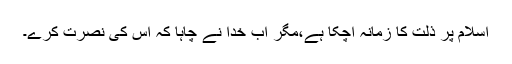
اسلام پر ذلت کا زمانہ آچکا ہے،مگر اب خدا نے چاہا کہ اس کی نصرت کرے۔